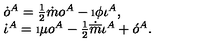
\begin{array} { l } { \dot { o } ^ { A } = \frac { 1 } { 2 } \dot { m } o ^ { A } - \i \phi \iota ^ { A } , } \\ { \dot { \iota } ^ { A } = \i \mu o ^ { A } - \frac { 1 } { 2 } \dot { \overline { { m } } } \iota ^ { A } + \acute { o } ^ { A } . } \\ \end{array}